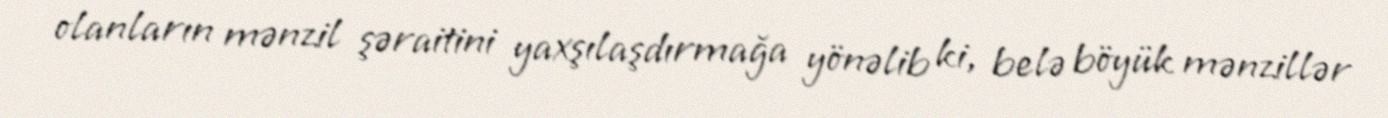
olanların mənzil şəraitini yaxşılaşdırmağa yönəlib ki, belə böyük mənzillər